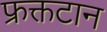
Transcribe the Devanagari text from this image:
फ्रक्तटान